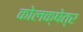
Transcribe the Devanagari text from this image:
कोलक्षेत्र